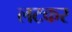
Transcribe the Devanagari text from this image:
लटकर